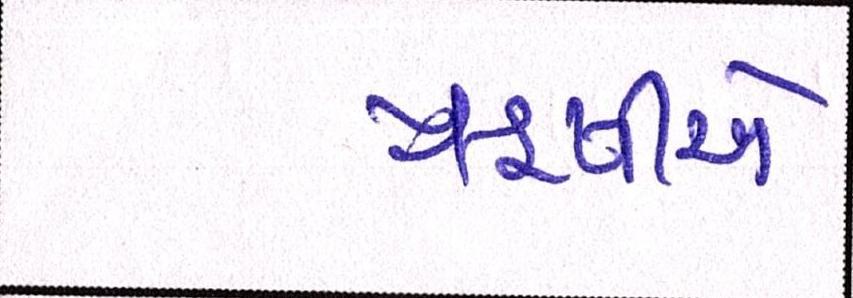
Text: ઋષીએ